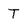
Character: T